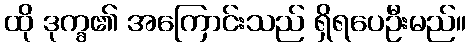
ထို ဒုက္ခ၏ အကြောင်းသည် ရှိရပေဦးမည်။